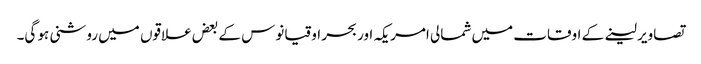
تصاویر لینے کے اوقات میں شمالی امریکہ اور بحر اوقیانوس کے بعض علاقوں میں روشنی ہو گی۔